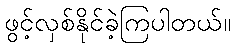
ဖွင့်လှစ်နိုင်ခဲ့ကြပါတယ်။